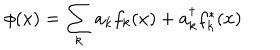
\phi ( x ) = \sum _ { k } a _ { k } f _ { k } ( x ) + a _ { k } ^ { \dagger } f _ { k } ^ { * } ( x )